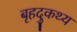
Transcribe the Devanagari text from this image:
बृहदुकथ्य